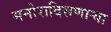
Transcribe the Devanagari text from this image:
मनोरादिसणार्‍या